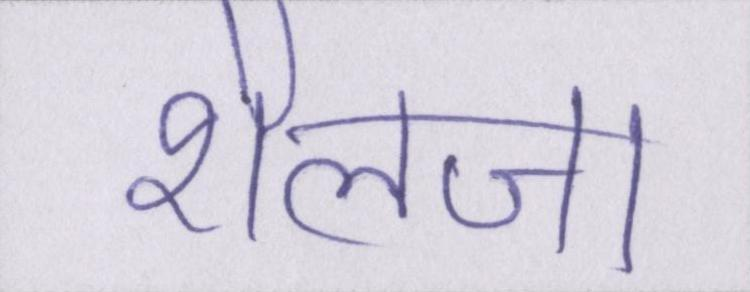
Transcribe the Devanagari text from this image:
शैलजा